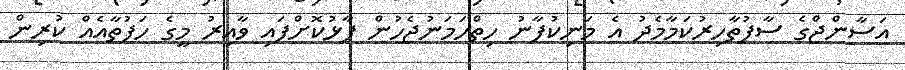
އަސާންޖްގެ ސާފުތާހިރުކަމާމެދު އެ މަނިކުފާނު ހިތްހަމަނުޖެހުން ފާޅުކޮށްފައި ވާއިރު މީގެ ހަފުތާއެއް ކުރިން